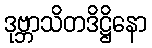
ဒုဗ္ဘာသိတဒိဋ္ဌိနော